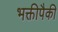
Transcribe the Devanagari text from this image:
भक्तीपैकी